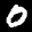
Label: 0